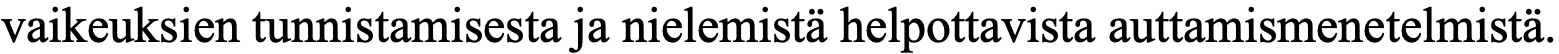
vaikeuksien tunnistamisesta ja nielemistä helpottavista auttamismenetelmistä.